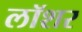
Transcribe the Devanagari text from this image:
लॉशर